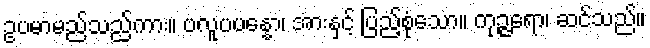
ဥပမာမည်သည်ကား။ ဗလူပပန္နော၊ အားနှင့် ပြည့်စုံသော။ ကုဉ္ဇရော၊ ဆင်သည်။